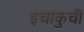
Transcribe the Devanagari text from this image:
इचाकुची